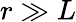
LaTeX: r\gg L